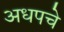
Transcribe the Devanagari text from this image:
अधपचे